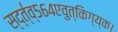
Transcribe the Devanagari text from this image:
स्द्त्॑व्५६४एवुत्किग्य्क।